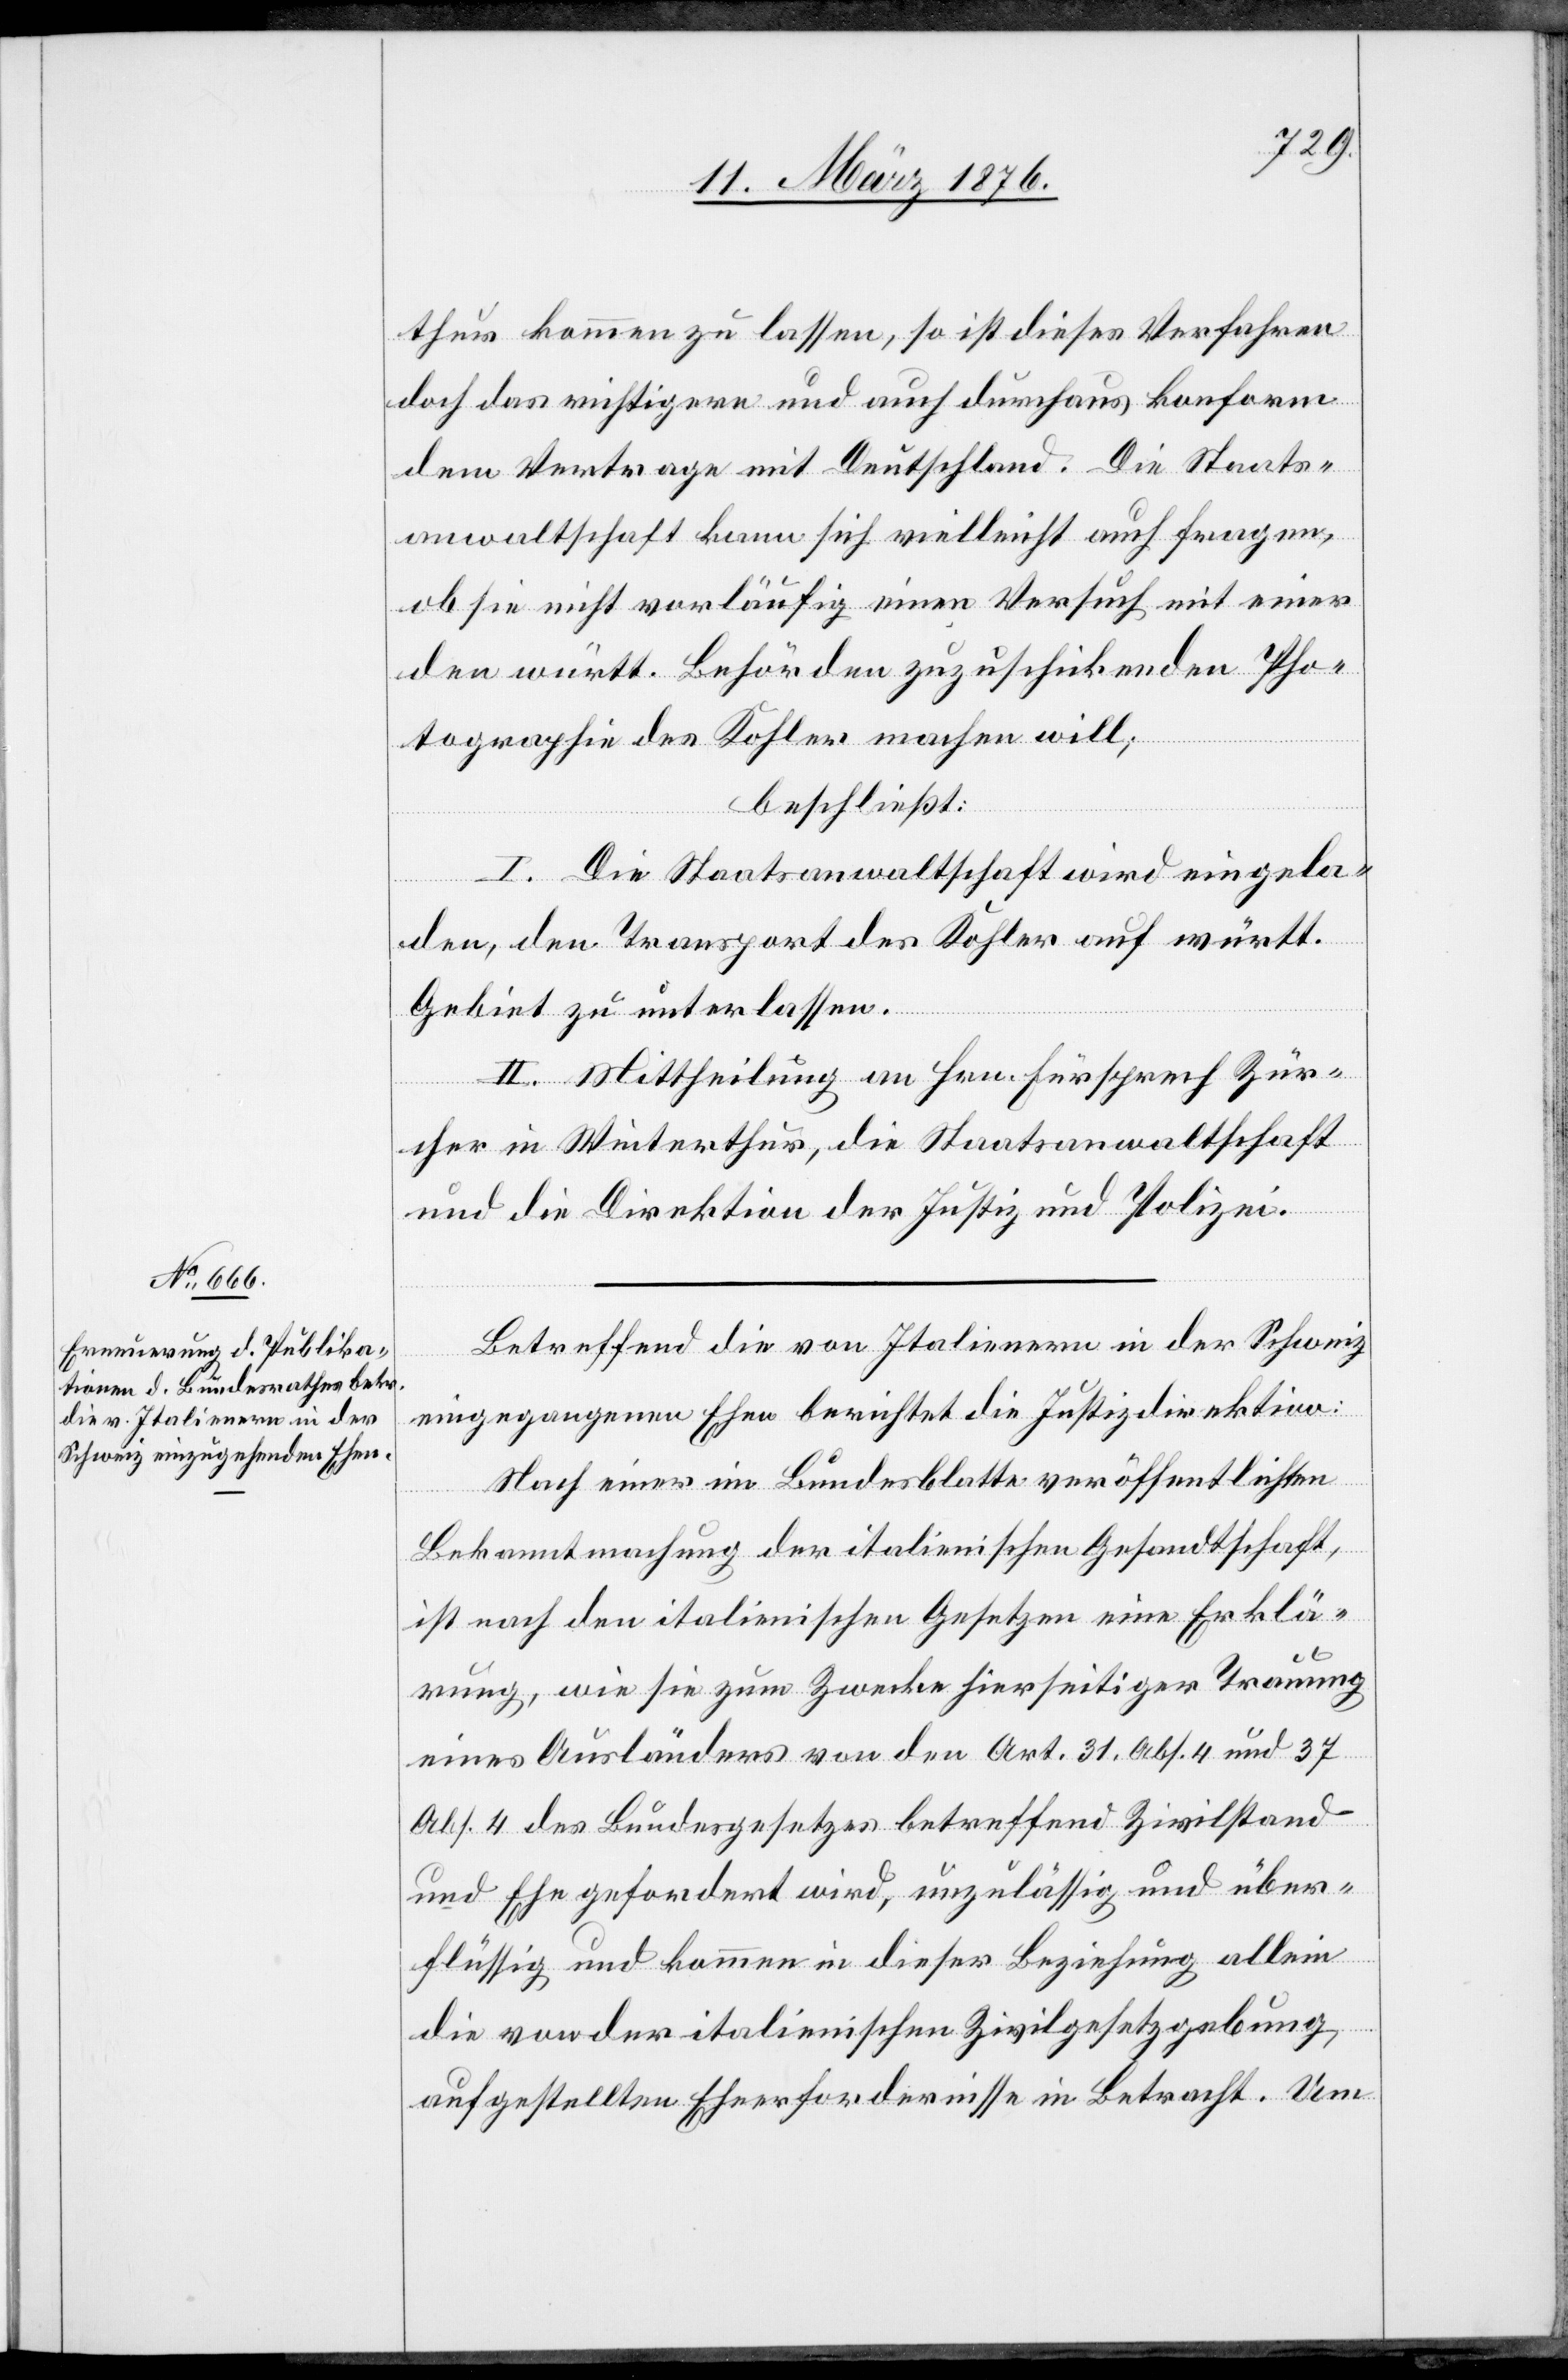
thur kommen zu lassen, so ist dieses Verfahren
doch das richtigere und auch durchaus konform
dem Vertrage mit Deutschland. Die Staats¬
anwaltschaft kann sich vielleicht auch fragen,
ob sie nicht vorläufig einen Versuch mit einer
den württ. Behörden zuzuschickenden Pho¬
tographie des Kohler machen will;
beschließt:
I. Die Staatsanwaltschaft wird eingela¬
den, den Transport des Kohler auf württ.
Gebiet zu unterlassen.
II. Mittheilung an Hrn. Fürsprech Zür¬
cher in Winterthur, die Staatsanwaltschaft
und die Direktion der Justiz und Polizei.
Betreffend die von Italienern in der Schweiz
eingegangenen Ehen berichtet die Justizdirektion:
Nach einer im Bundesblatte veröffentlichten
Bekanntmachung der italienischen Gesandtschaft,
ist nach den italienischen Gesetzen eine Erklä¬
rung, wie sie zum Zwecke hierseitiger Trauung
eines Ausländers von den Art. 31. Abs. 4 und 37
Abs. 4 des Bundesgesetzes betreffend Zivilstand
und Ehe gefordert wird, unzulässig und über¬
flüssig und kommen in dieser Beziehung allein
die von den italienischen Zivilgesetzgebung
aufgestellten Eheerfordernisse in Betracht. Um